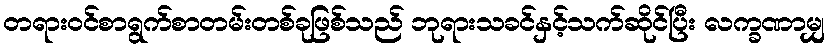
တရားဝင်စာရွက်စာတမ်းတစ်ခုဖြစ်သည် ဘုရားသခင်နှင့်သက်ဆိုင်ပြီး လက္ခဏာမျှ